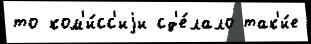
то ком'и́сс'иjи сд'е́лало так'и́е